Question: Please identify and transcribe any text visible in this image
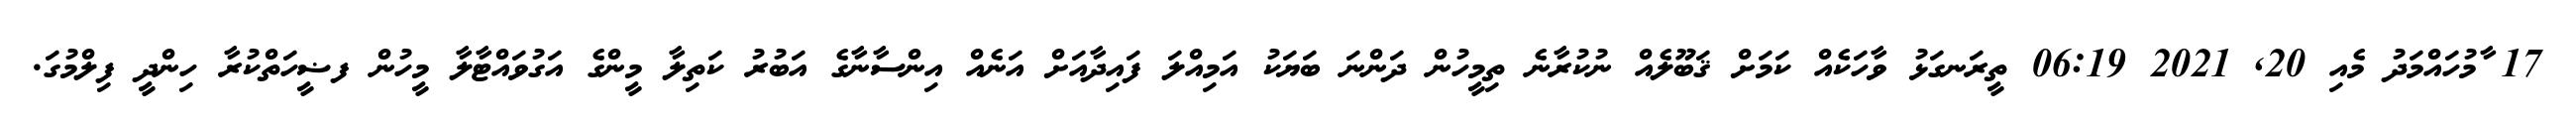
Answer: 17 ާމުހައްމަދު މެއި 20, 2021 06:19 ތީރަނގަޅު ވާހަކެއް ކަމަށް ޤަބޫލެއް ނުކުރާނެ ތިމީހުން ދަންނަ ބަޔަކު އަމިއްލަ ފައިދާއަށް އަނެއް އިންސާނާގެ އަބުރު ކަތިލާ މީންގެ އަގުވައްޓާލާ މީހުން ފޟީހަތްކުރާ ހިންދީ ފިލްމުގަ.